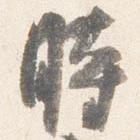
時